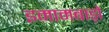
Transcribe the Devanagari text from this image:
इमामबाड़ों